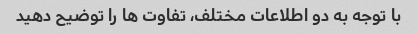
با توجه به دو اطلاعات مختلف، تفاوت ها را توضیح دهید